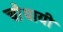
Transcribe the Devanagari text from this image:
चौथायी